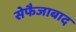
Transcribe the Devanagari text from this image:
सेफैजाबाद